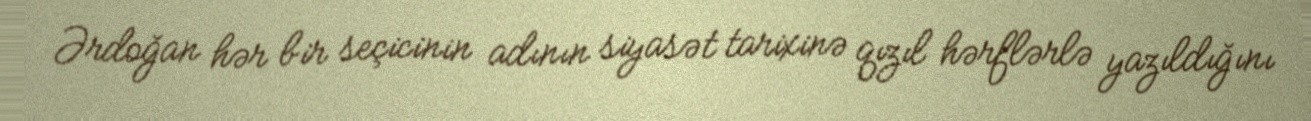
Ərdoğan hər bir seçicinin adının siyasət tarixinə qızıl hərflərlə yazıldığını